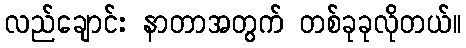
လည်ချောင်း နာတာအတွက် တစ်ခုခုလိုတယ်။